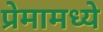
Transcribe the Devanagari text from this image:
प्रेमामध्ये